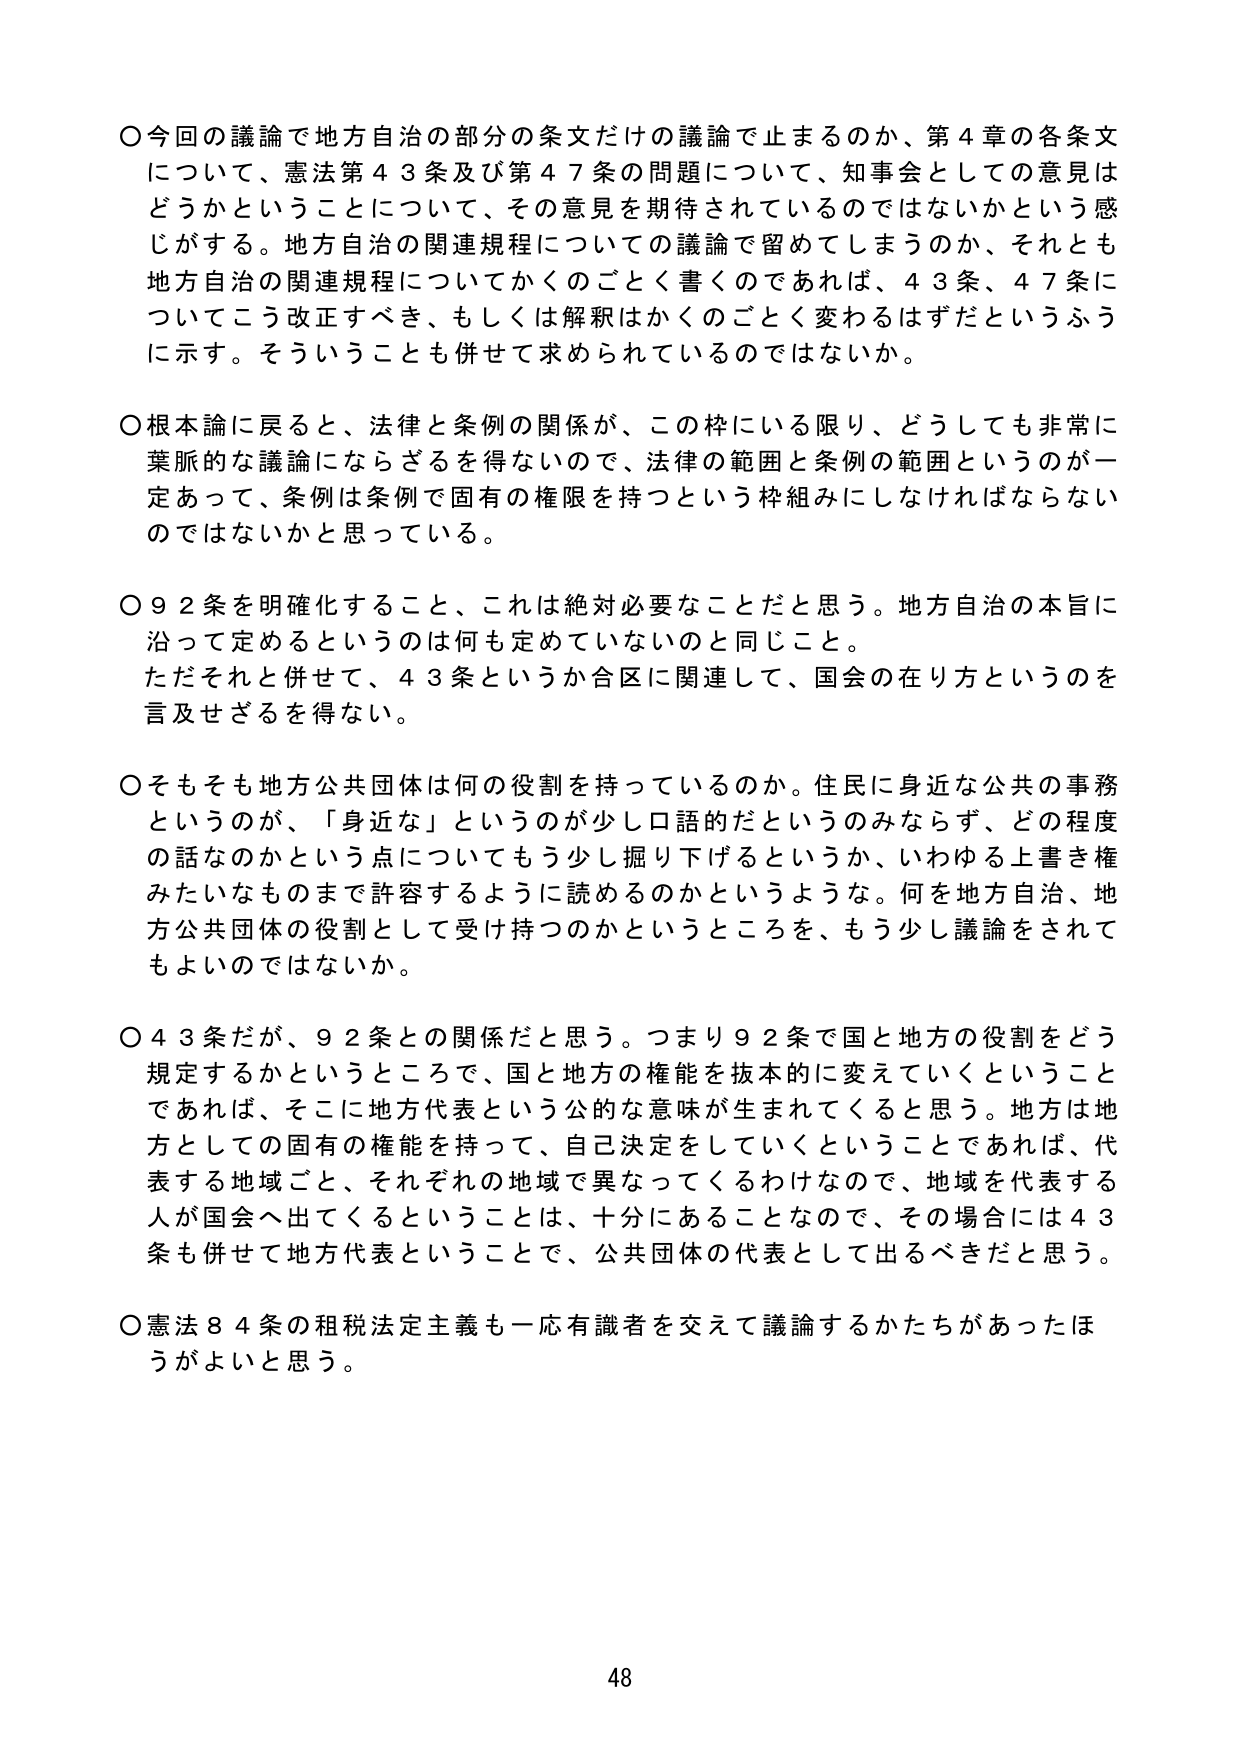
〇今回の議論で地方自治の部分の条文だけの議論で止まるのか、第４章の各条文について、憲法第４３条及び第４７条の問題について、知事会としての意見はどうかということについて、その意見を期待されているのではないかという感じがする。地方自治の関連規程についての議論で留めてしまうのか、それとも地方自治の関連規程についてかくのごとく書くのであれば、４３条、４７条についてこう改正すべき、もしくは解釈はかくのごとく変わるはずだというふうに示す。そういうことも併せて求められているのではないか。

〇根本論に戻ると、法律と条例の関係が、この枠にいる限り、どうしても非常に葉脈的な議論にならざるを得ないので、法律の範囲と条例の範囲というのが一定あって、条例は条例で固有の権限を持つという枠組みにしなければならないのではないかと思っている。

〇９２条を明確化すること、これは絶対必要なことだと思う。地方自治の本旨に沿って定めるというのは何も定めていないのと同じこと。
ただそれと併せて、４３条というか合区に関連して、国会の在り方というのを言及せざるを得ない。

〇そもそも地方公共団体は何の役割を持っているのか。住民に身近な公共の事務というのが、「身近な」というのが少し口語的だというのみならず、どの程度の話なのかという点についてもう少し掘り下げてというか、いわゆる上書き権みたいなものまで許容するように読めるのかというような。何を地方自治、地方公共団体の役割として受け持つのかというところを、もう少し議論をされてもよいのではないか。

〇４３条だが、９２条との関係だと思う。つまり９２条で国と地方の役割をどう規定するかというところで、国と地方の権能を抜本的に変えていくということであれば、そこに地方代表という公的な意味が生まれてくると思う。地方は地方としての固有の権能を持って、自己決定をしていくということであれば、代表する地域ごと、それぞれの地域で異なってくるわけなので、地域を代表する人が国会へ出てくるということは、十分にあることなので、その場合には４３条も併せて地方代表ということで、公共団体の代表として出るべきだと思う。

〇憲法８４条の租税法定主義も一応有識者を交えて議論するかたちがあったほうがよいと思う。

48